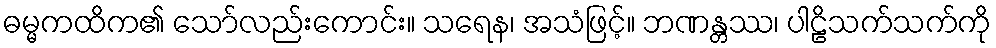
ဓမ္မကထိက၏ သော်လည်းကောင်း။ သရေန၊ အသံဖြင့်။ ဘဏန္တဿ၊ ပါဠိသက်သက်ကို